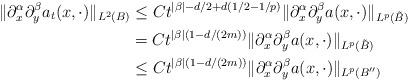
LaTeX: \begin{align*}\|\partial^\alpha_x\partial^\beta_y a_t(x,\cdot)\|_{L^2(B)}&\leq C t^{|\beta|-d/2+d(1/2-1/p)}\|\partial^\alpha_x\partial^\beta_y a(x,\cdot)\|_{L^p(\tilde{B})}\\&= C t^{|\beta|(1-d/(2m))}\|\partial^\alpha_x\partial^\beta_y a(x,\cdot)\|_{L^p(\tilde{B})}\\&\leq C t^{|\beta|(1-d/(2m))}\|\partial^\alpha_x\partial^\beta_y a(x,\cdot)\|_{L^p(B'')}\end{align*}